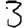
Digit: 3